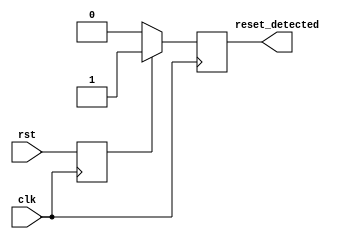
module reset_detector (
    input wire clk,            // System clock signal
    input wire rst,            // Reset signal
    output reg reset_detected  // Output signal indicating reset state
);

// Internal register to hold the synchronized reset state
reg rst_sync;

// Synchronous process to sample the reset signal
always @(posedge clk) begin
    // Synchronize the reset signal to the clock domain
    rst_sync <= rst;

    // Detect the reset state
    if (rst_sync) begin
        reset_detected <= 1'b1;  // Set output high if reset is asserted
    end else begin
        reset_detected <= 1'b0;  // Set output low if reset is de-asserted
    end
end

endmodule